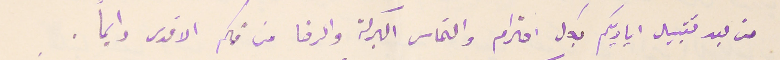
من بعد تقبيل اياديكم بكل احترام والتماس البركة والرضا من فمكم الاقدس دايما.